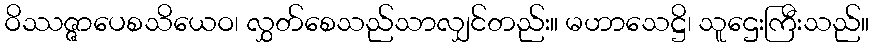
ဝိဿဇ္ဇာပေစသိယေဝ၊ လွှတ်စေသည်သာလျှင်တည်း။ မဟာသေဋ္ဌိ၊ သူဌေးကြီးသည်။